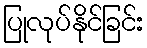
ပြုလုပ်နိုင်ခြင်း